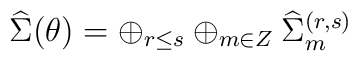
{\widehat \Sigma} (\theta) = \oplus _{r\leq s} \oplus _{m \in Z}{\widehat \Sigma}_{m}^{(r,s)}